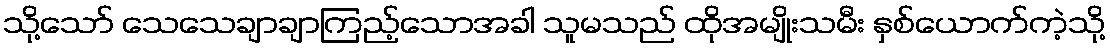
သို့သော် သေသေချာချာကြည့်သောအခါ သူမသည် ထိုအမျိုးသမီး နှစ်ယောက်ကဲ့သို့